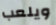
ويلعب